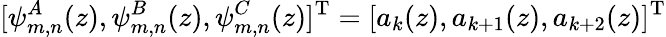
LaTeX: [\psi_{m,n}^{A}(z),\psi_{m,n}^{B}(z),\psi_{m,n}^{C}(z)]^{\mathrm{T}}=[a_{k}(z),a_{k+1}(z),a_{k+2}(z)]^{\mathrm{T}}